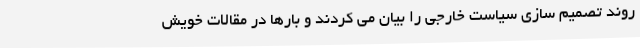
روند تصمیم سازی سیاست خارجی را بیان می کردند و بارها در مقالات خویش